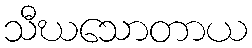
သီဃသောတာယ